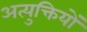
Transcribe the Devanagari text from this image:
अत्युक्तियों